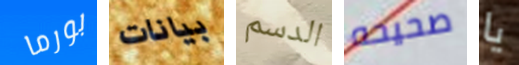
بورما بيانات الدسم صحيحه يا